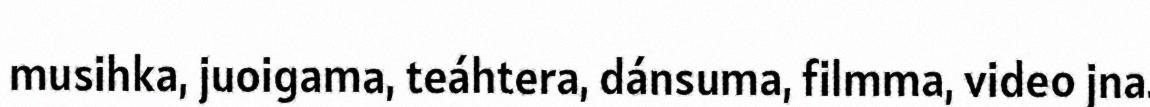
musihka, juoigama, teáhtera, dánsuma, filmma, video jna.